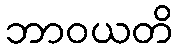
ဘာဝယတိ